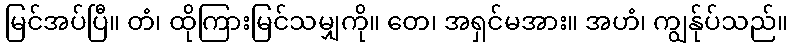
မြင်အပ်ပြီ။ တံ၊ ထိုကြားမြင်သမျှကို။ တေ၊ အရှင်မအား။ အဟံ၊ ကျွန်ုပ်သည်။